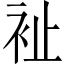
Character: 𧘲